Plague in India, 1896, 1897 - Volume 1
Year: 1896
Disease focus: Plague
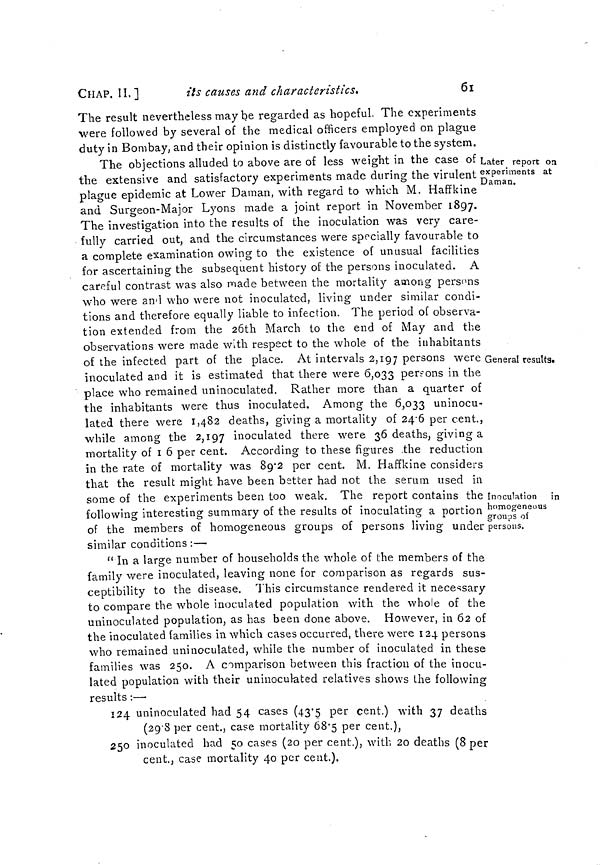
CHAP. II.]
ils causes and characteristics.
61
The result nevertheless may be regarded as hopeful. The experiments
were followed by several of the medical officers employed on plague
duty in Bombay, and their opinion is distinctly favourable to the system.
Later report on
experiments at
Daman.
General results.
Inoculation in
homogeneous
groups oí
persons.
The objections alluded to above are of less weight in the case of
the extensive and satisfactory experiments made during the virulent !
plague epidemic at Lower Daman, with regard to which M. Haffkine
and Surgeon-Major Lyons made a joint report in November 1897.
The investigation into the results of the inoculation was very care-
fully carried out, and the circumstances were specially favourable to
a complete examination owing to the existence of unusual facilities
for ascertaining the subsequent history of the persons inoculated. A
careful contrast was also made between the mortality among persons
who were and who were not inoculated, living under similar condi-
tions and therefore equally liable to infection. The period of observa-
tion extended from the 26th March to the end of May and the
observations were made with respect to the whole of the inhabitants
of the infected part of the place. At intervals 2,197 persons were
inoculated and it is estimated that there were 6,033 persons in the
place who remained uninoculated. Rather more than a quarter of
the inhabitants were thus inoculated. Among the 6,033 uninocu-
lated there were 1,482 deaths, giving a mortality of 24 6 per cent.,
while among the 2,197 inoculated there were 36 deaths, giving a
mortality of 16 per cent. According to these figures the reduction
in the rate of mortality was 89 2 per cent. M. Haffkine considers
that the result might have been better had not the serum used in
some of the experiments been too weak. The report contains the
following interesting summary of the results of inoculating a portion
of the members of homogeneous groups of persons living under
similar conditions :—
" In a large number of households the whole of the members of the
family were inoculated, leaving none for comparison as regards sus-
ceptibility to the disease. This circumstance rendered it necessary
to compare the whole inoculated population with the whole of the
uninoculated population, as has been done above. However, in 62 of
the inoculated families in which cases occurred, there were 124 persons
who remained uninoculated, while the number of inoculated in these
families was 250. A comparison between this fraction of the inocu-
lated population with their uninoculated relatives shows the following-
results :—
124 uninoculated had 54 cases (43 5 per cent.) with 37 deaths
(29 8 per cent., case mortality 68 5 per cent.),
250 inoculated had 50 cases (20 per cent.), with 20 deaths (8 per
cent., case mortality 40 per cent.).